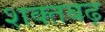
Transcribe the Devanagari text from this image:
शक्तबढ़